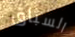
السباق